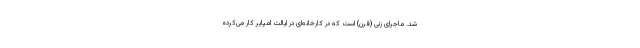
شد. ماجرای زنی (فرن) است که در کارخانه‌ای در ایالت امپایر کار می‌کرده